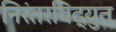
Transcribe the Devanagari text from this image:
निरंतरविद्युत